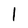
Character: 1